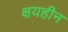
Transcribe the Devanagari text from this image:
क्षयहीन